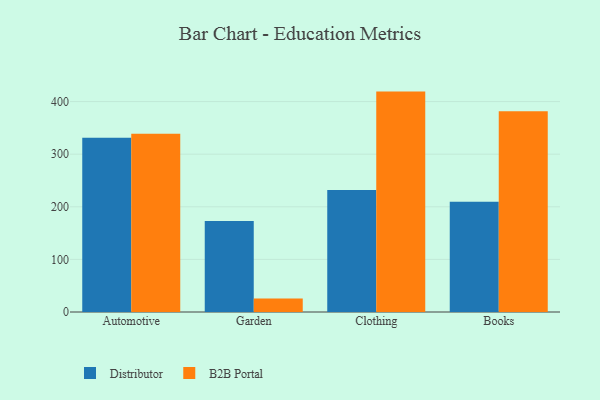
{"axis": {"x": "Category", "y": "Satisfaction Score"}, "legend": ["B2B Portal", "Distributor"], "data": [{"x": "Automotive", "y": 331.4, "type": "Distributor"}, {"x": "Automotive", "y": 339.0, "type": "B2B Portal"}, {"x": "Garden", "y": 173.0, "type": "Distributor"}, {"x": "Garden", "y": 25.8, "type": "B2B Portal"}, {"x": "Clothing", "y": 232.0, "type": "Distributor"}, {"x": "Clothing", "y": 419.0, "type": "B2B Portal"}, {"x": "Books", "y": 209.4, "type": "Distributor"}, {"x": "Books", "y": 381.6, "type": "B2B Portal"}]}